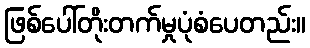
ဖြစ်ပေါ်တိုးတက်မှုပုံစံပေတည်း။